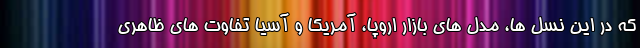
که در این نسل ها، مدل های بازار اروپا، آمریکا و آسیا تفاوت های ظاهری